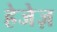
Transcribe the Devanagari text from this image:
हेजेज़